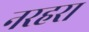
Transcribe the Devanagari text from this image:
नरहरा